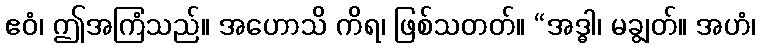
ဧဝံ၊ ဤအကြံသည်။ အဟောသိ ကိရ၊ ဖြစ်သတတ်။ “အဒ္ဓါ၊ မချွတ်။ အဟံ၊